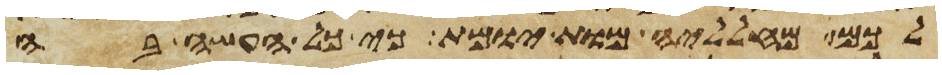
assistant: לכם מחלליה מות יומת כי כל העשה בה